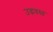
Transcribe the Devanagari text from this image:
उद्धवस्‍त